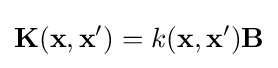
\mathbf {K} (\mathbf {x} ,\mathbf {x} ')=k(\mathbf {x} ,\mathbf {x} ')\mathbf {B}